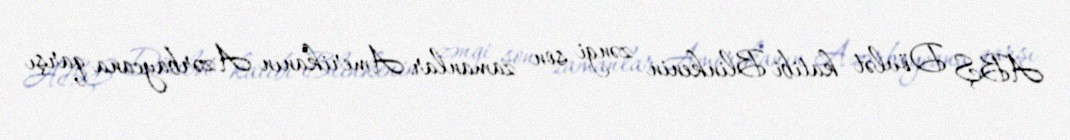
ABŞ Dövlət katibi Blinkenin zəngi son zamanlar Amerikanın Azərbaycana qarşı